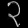
Digit: ၃